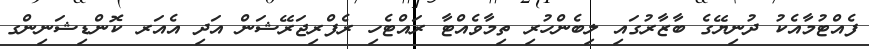
ފެއްޓުމާއެކު ދުނިޔޭގެ ބާޒާރުގައި ލިބެންހުރި ތިމާވެއްޓާ ރައްޓެހި ރެފްރިޖަރޭޝަން އަދި އެއަރ ކޮންޑިޝަނިންގ